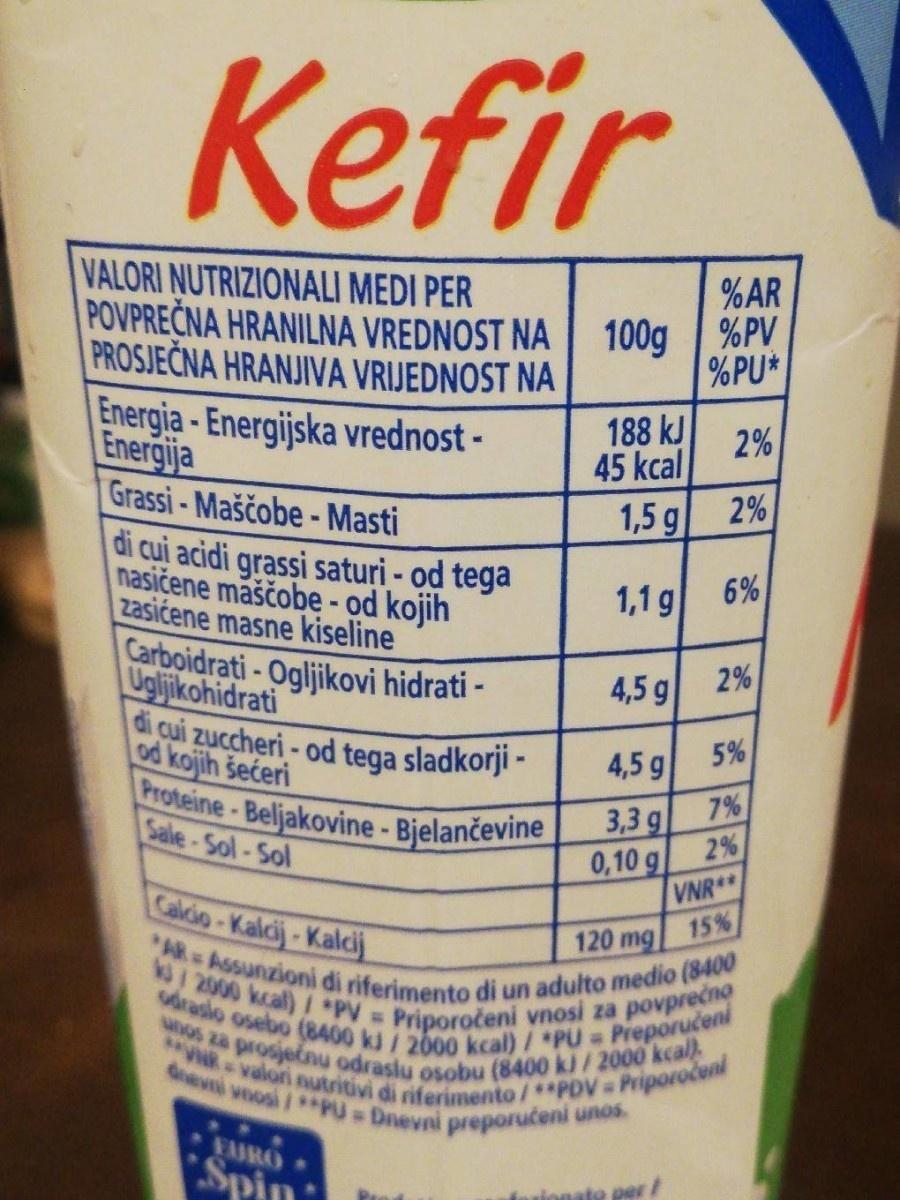
W/ 2000 kcal) I PV = Priporočeni vnosi za povprečno Proteine-Beljakovine- Bjelančevine
AR Assunzioni di riferimento di un adulto medio (8400
unos za prosječnu odraslu osobu (8400 ki/2000 kcal).
vdrasio osebo (8400 kd/200 kcal) / *PU = Preporučeni
**R-valori utritivi di riferimento/ **PDV Priporočeni
devni voosi /*PU Dnevni preporučeni unos.
Kefir
VALORI NUTRIZIONALI MEDI PER
%AR
POVPREČNA HRANILNA VREDNOST NA 100g %PV PROSJEČNA HRANJIVA VRIJEDNOST NA
%PU*
Energia-Energijska vrednost - Energija Grassi-Maščobe- Masti
188 kJ
2% 45 kcal 1,5 g 2%
di cui acidi grassi saturi - od tega nasičene maščobe- od kojih zasićene masne kiseline
1,1 g
6%
Carboidrati- Ogljikovi hidrati - Uglijkohidrati di cui zuccheri - od tega sladkorji - od kojih šećeri
4,5 g
2%
4,5 g
5%
7% 3,3 g 2% 0,10 g VNR** 15%
Sale-Sol-Sol
Caldio-Kalcij-Kalcij
120 mg
FAIRO
Spin
fnzionato per/